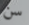
سن